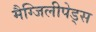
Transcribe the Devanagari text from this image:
मैग्जिलीपेड्स